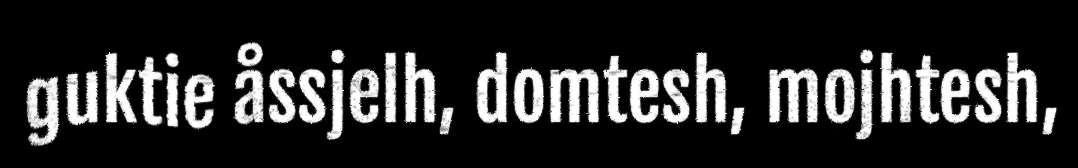
guktie åssjelh, domtesh, mojhtesh,